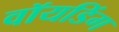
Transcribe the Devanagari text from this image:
वॉयडिंग